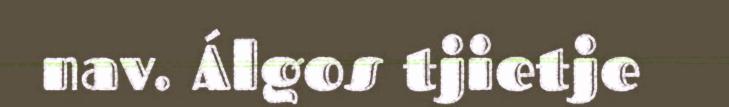
nav. Álgos tjietje